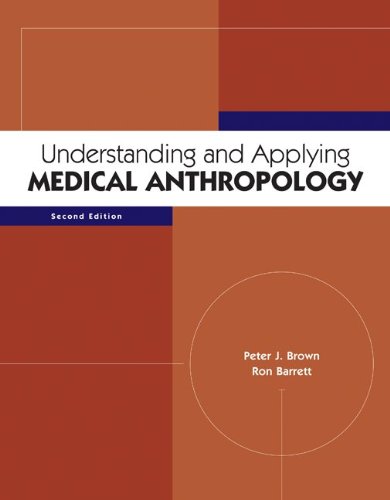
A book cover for Understanding and Applying Medical Anthropology; Peter Brown; Politics & Social Sciences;